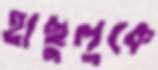
হাছুলুকে